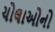
ચોલાઓનો